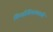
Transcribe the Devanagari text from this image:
सिघ्दीविनायकाची